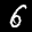
Label: 6